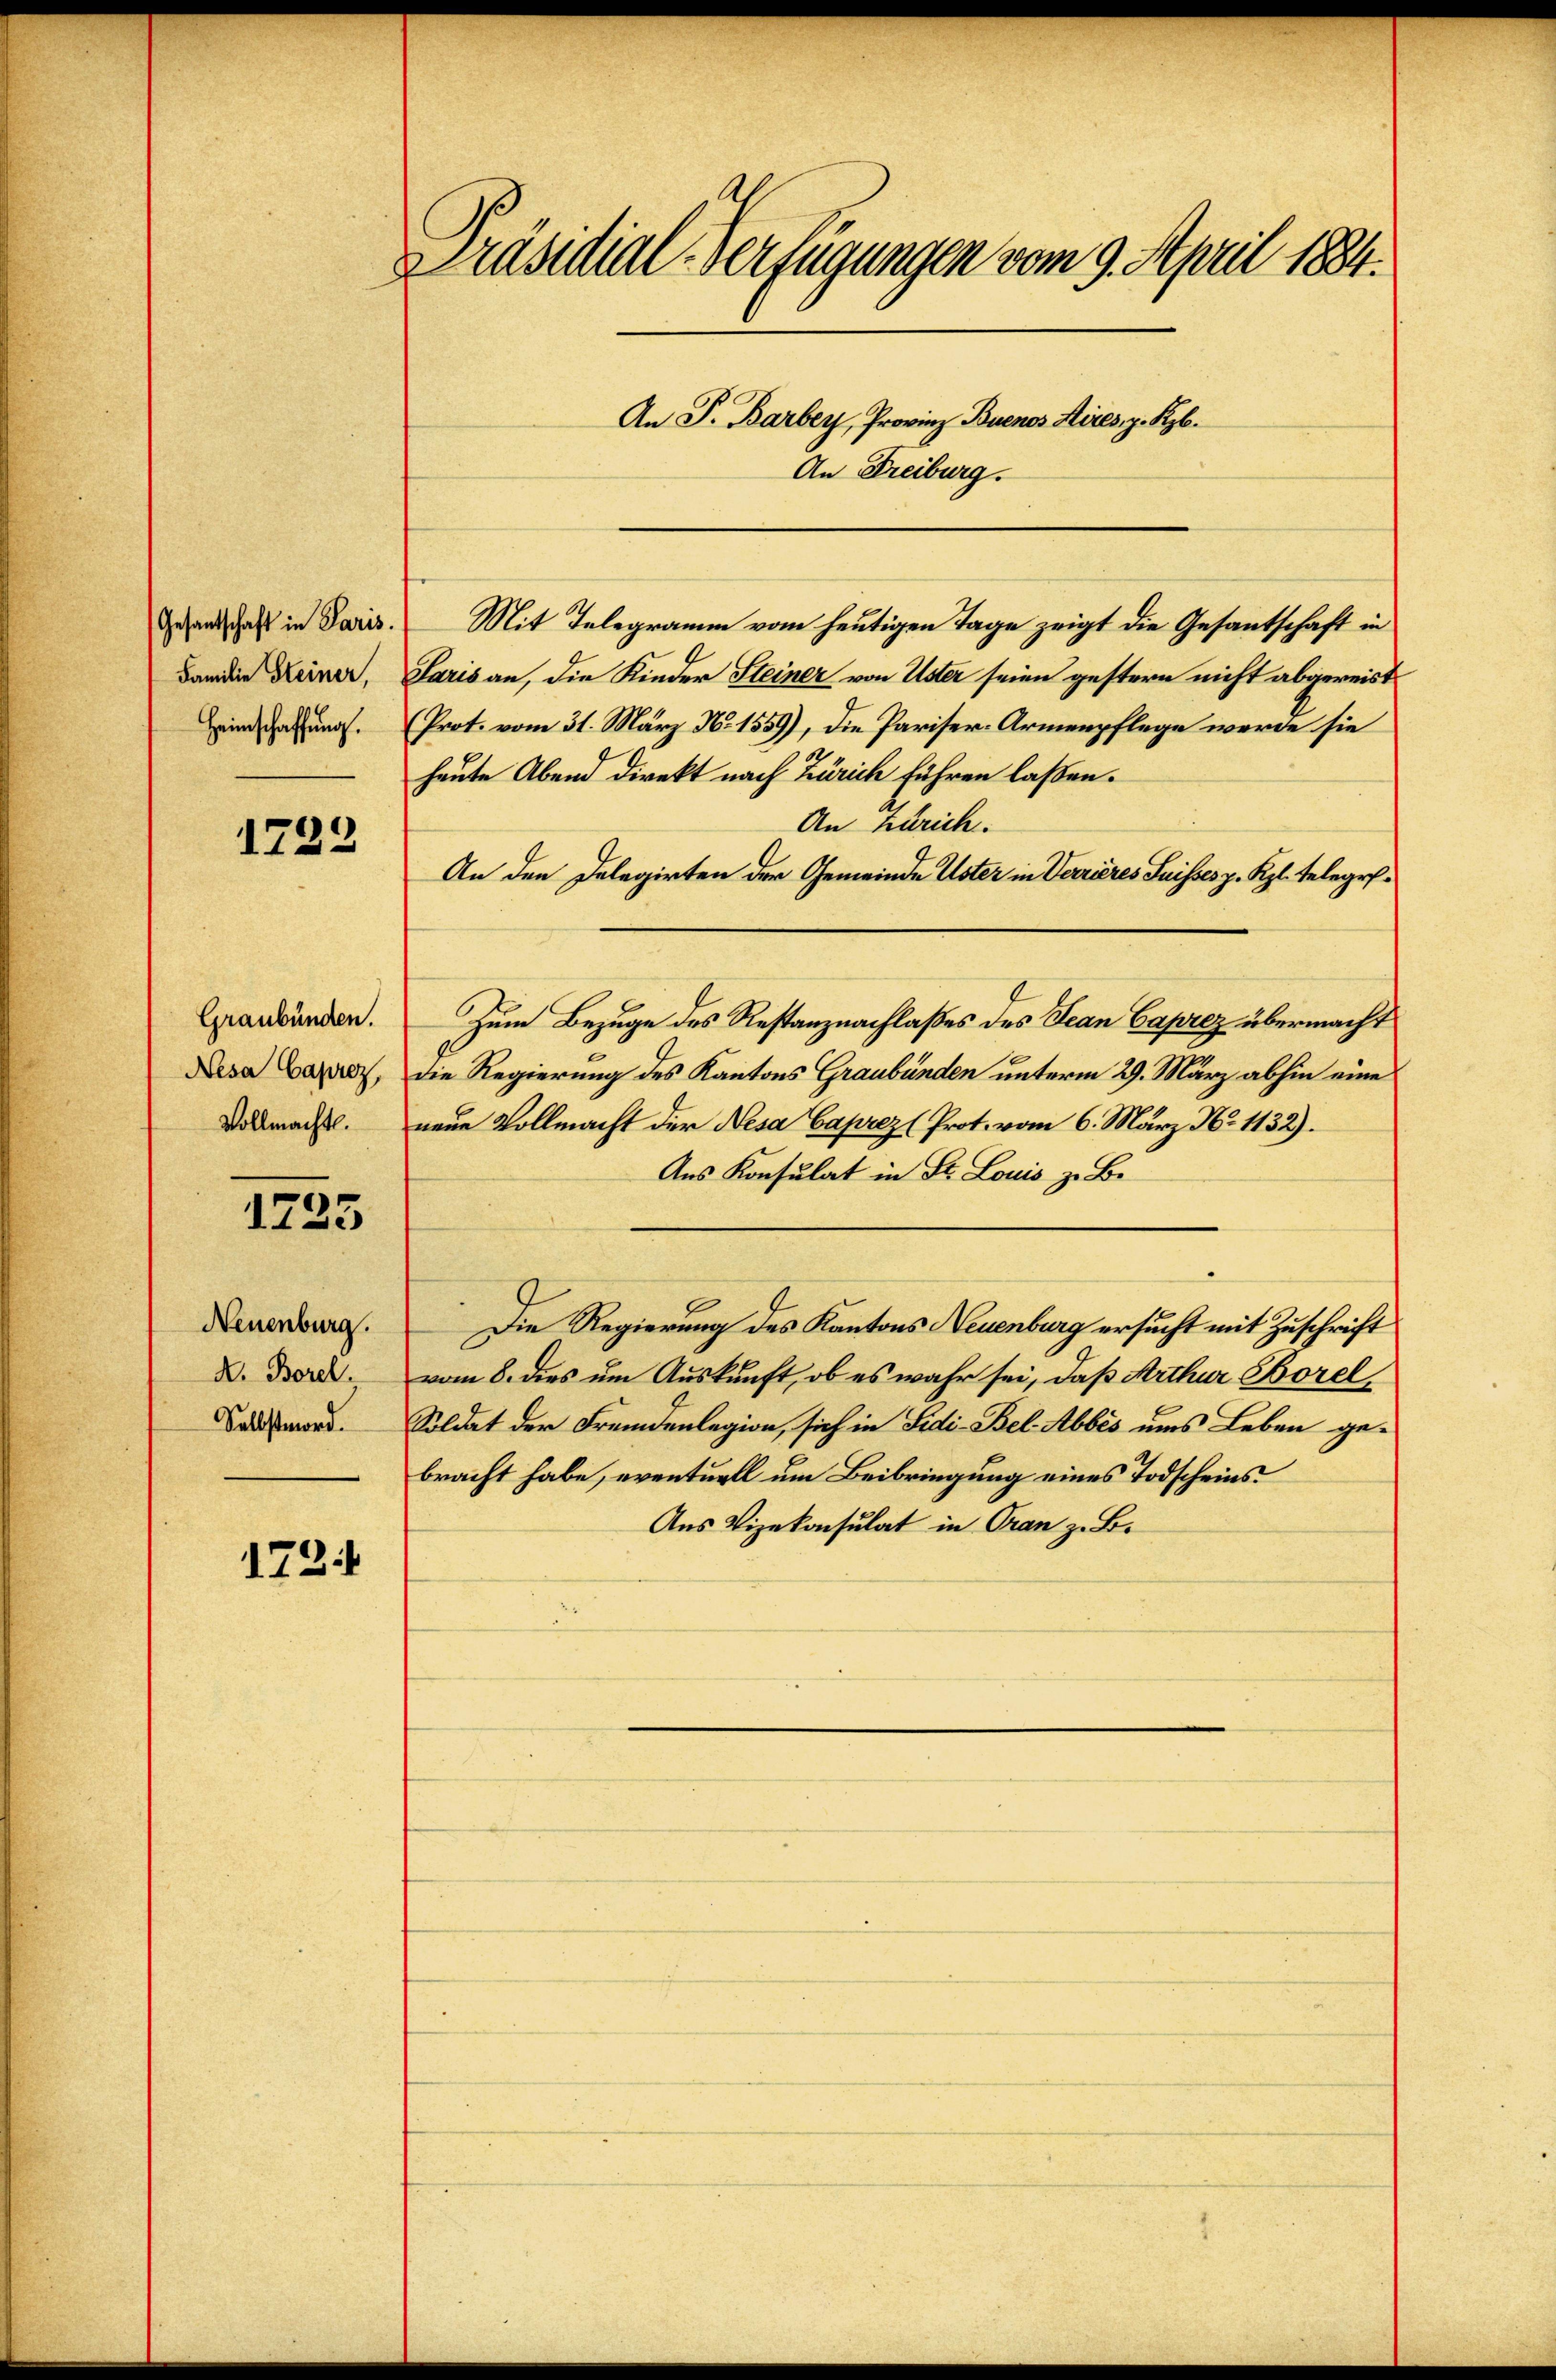
Gesantschaft in Paris.
Familie Steiner,
Heimschaffung.

1722

Graubünden.
Nesa Caprez,
Vollmacht.

1725

Neuenburg.
A. Borel.
Selbstmord.

1724

Präsidial-Verfügungen vom 9. April 1884.
An P. Barbey, Provinz Buenos Aires, z. Kzb.
An Freiburg.

Mit Telegramm vom heutigen Tage zeigt die Gesantschaft in
Paris an, die Kinder Steiner von Uster seien gestern nicht abgereist
Prot. vom 31. März No. 1559), die Pariser-Armenpflege werde sie
heute Abend direkt nach Zürich führen laßen.
An Zürich.
An den Delegirten der Gemeinde Uster in Verrieres Suisses z. Kgl. Telegel¬
Zum Bezuge des Restanznachlaßes des Jean Caprez übermacht
die Regierung des Kantons Graubünden unterm 29. März abhin eine
neue Vollmacht der Nesa Caprez (Prot. vom 6. März No. 1132).
Aus Konsulat in St. Louis z. B.
Die Regierung des Kantons Neuenburg ersucht mit Zuschrift
vom 8. dies um Auskunft, ob es wahr sei, daß Arthur Borel
Soldat der Fremdenlegion, sich in Fidi-Bel. Abbes ums Leben gebracht habe, eventuell um Beibringung eines Todscheins
Aus Vizekonsulat in Oran z. B.